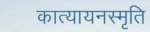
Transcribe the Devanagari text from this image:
कात्यायनस्मृति